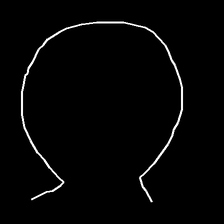
Glyph: weave